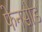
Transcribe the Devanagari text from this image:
फेनसोड